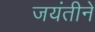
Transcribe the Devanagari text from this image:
जयंतीने